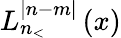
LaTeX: L_{n_{<}}^{|n-m|}\left(x\right)